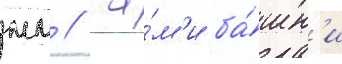
мм // Са́м'и ба́шн'и